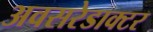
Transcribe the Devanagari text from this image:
अवसरेडाक्टर